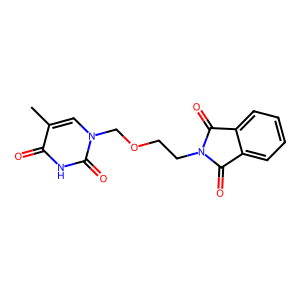
SMILES: Cc1cn(COCCN2C(=O)c3ccccc3C2=O)c(=O)[nH]c1=O
Inhibits HIV replication: No